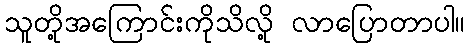
သူတို့အကြောင်းကိုသိလို့ လာပြောတာပါ။